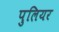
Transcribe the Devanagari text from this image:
पुलियर